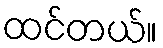
ထင်တယ်။